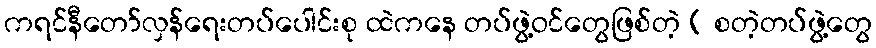
ကရင်နီတော်လှန်ရေးတပ်ပေါင်းစု ထဲကနေ တပ်ဖွဲ့ဝင်တွေဖြစ်တဲ့ ( စတဲ့တပ်ဖွဲ့တွေ